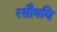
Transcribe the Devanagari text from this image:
रसौषधि